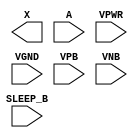
module sky130_fd_sc_hd__lpflow_inputiso0n (
    X      ,
    A      ,
    SLEEP_B,
    VPWR   ,
    VGND   ,
    VPB    ,
    VNB
);

    output X      ;
    input  A      ;
    input  SLEEP_B;
    input  VPWR   ;
    input  VGND   ;
    input  VPB    ;
    input  VNB    ;
endmodule